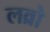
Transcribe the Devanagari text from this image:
लव्रो